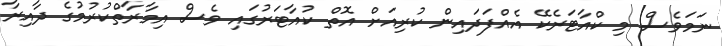
ނަމަވެސް މި ކްއާޓަރެކޭ އެއްފަދައިން ކުރިއަށް އޮތް ކުއާޓަރުގައި ވެސް އިމާރާތްކުރުމުގެ ދާއިރާ